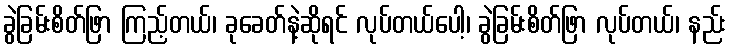
ခွဲခြမ်းစိတ်ဖြာ ကြည့်တယ်၊ ခုခေတ်နဲ့ဆိုရင် လုပ်တယ်ပေါ့၊ ခွဲခြမ်းစိတ်ဖြာ လုပ်တယ်၊ နည်း